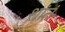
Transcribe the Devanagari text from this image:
शांतं